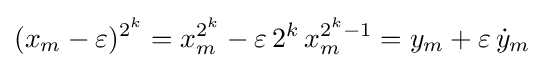
(x_{m}-\varepsilon )^{2^{k}}=x_{m}^{2^{k}}-\varepsilon \,{2^{k}}\,x_{m}^{2^{k}-1}=y_{m}+\varepsilon \,{\dot {y}}_{m}